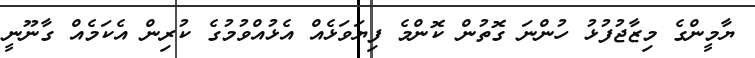
ޔާމީންގެ މިޒާޖުފުޅު ހުންނަ ގޮތުން ކޮންމެ ފިޔަވަޅެއް އެޅުއްވުމުގެ ކުރިން އެކަމެއް ގާނޫނީ